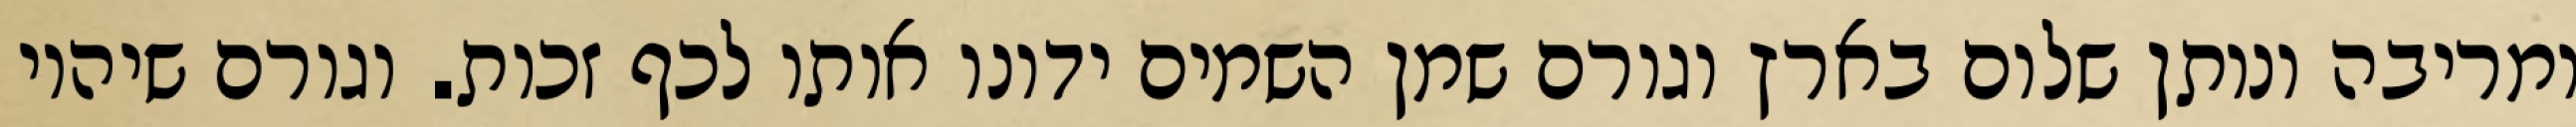
ומריבה ונותן שלום בארץ וגורם שמן השמים ידונו אותו לכף זכות. וגורם שיהיו